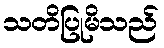
သတိပြုမိသည်